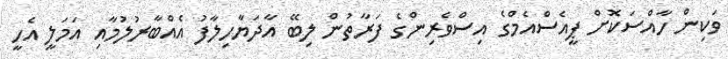
ވަކިން ހާއްސަކޮށް ޕީއެސްއެމްގެ އިސްވެރިންގެ ފަރާތުން ލިބޭ އާދަޔާހިލާފު އެއްބާރުލުމާއި އަމަލީ އެހީ